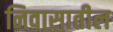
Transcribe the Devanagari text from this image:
निवासातील